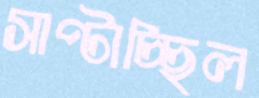
সাপ্‌টাচ্ছিল